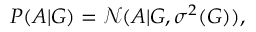
P ( A | G ) = \mathcal { N } ( A | G , \sigma ^ { 2 } ( G ) ) ,